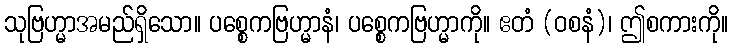
သုဗြဟ္မာအမည်ရှိသော။ ပစ္စေကဗြဟ္မာနံ၊ ပစ္စေကဗြဟ္မာကို။ ဧတံ (ဝစနံ)၊ ဤစကားကို။